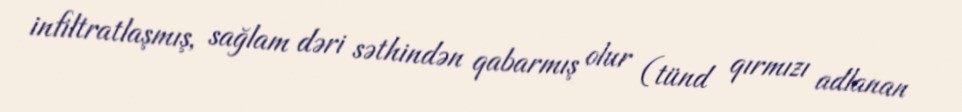
infiltratlaşmış, sağlam dəri səthindən qabarmış olur (tünd qırmızı adlanan